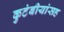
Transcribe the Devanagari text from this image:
कुटंबीयांसह